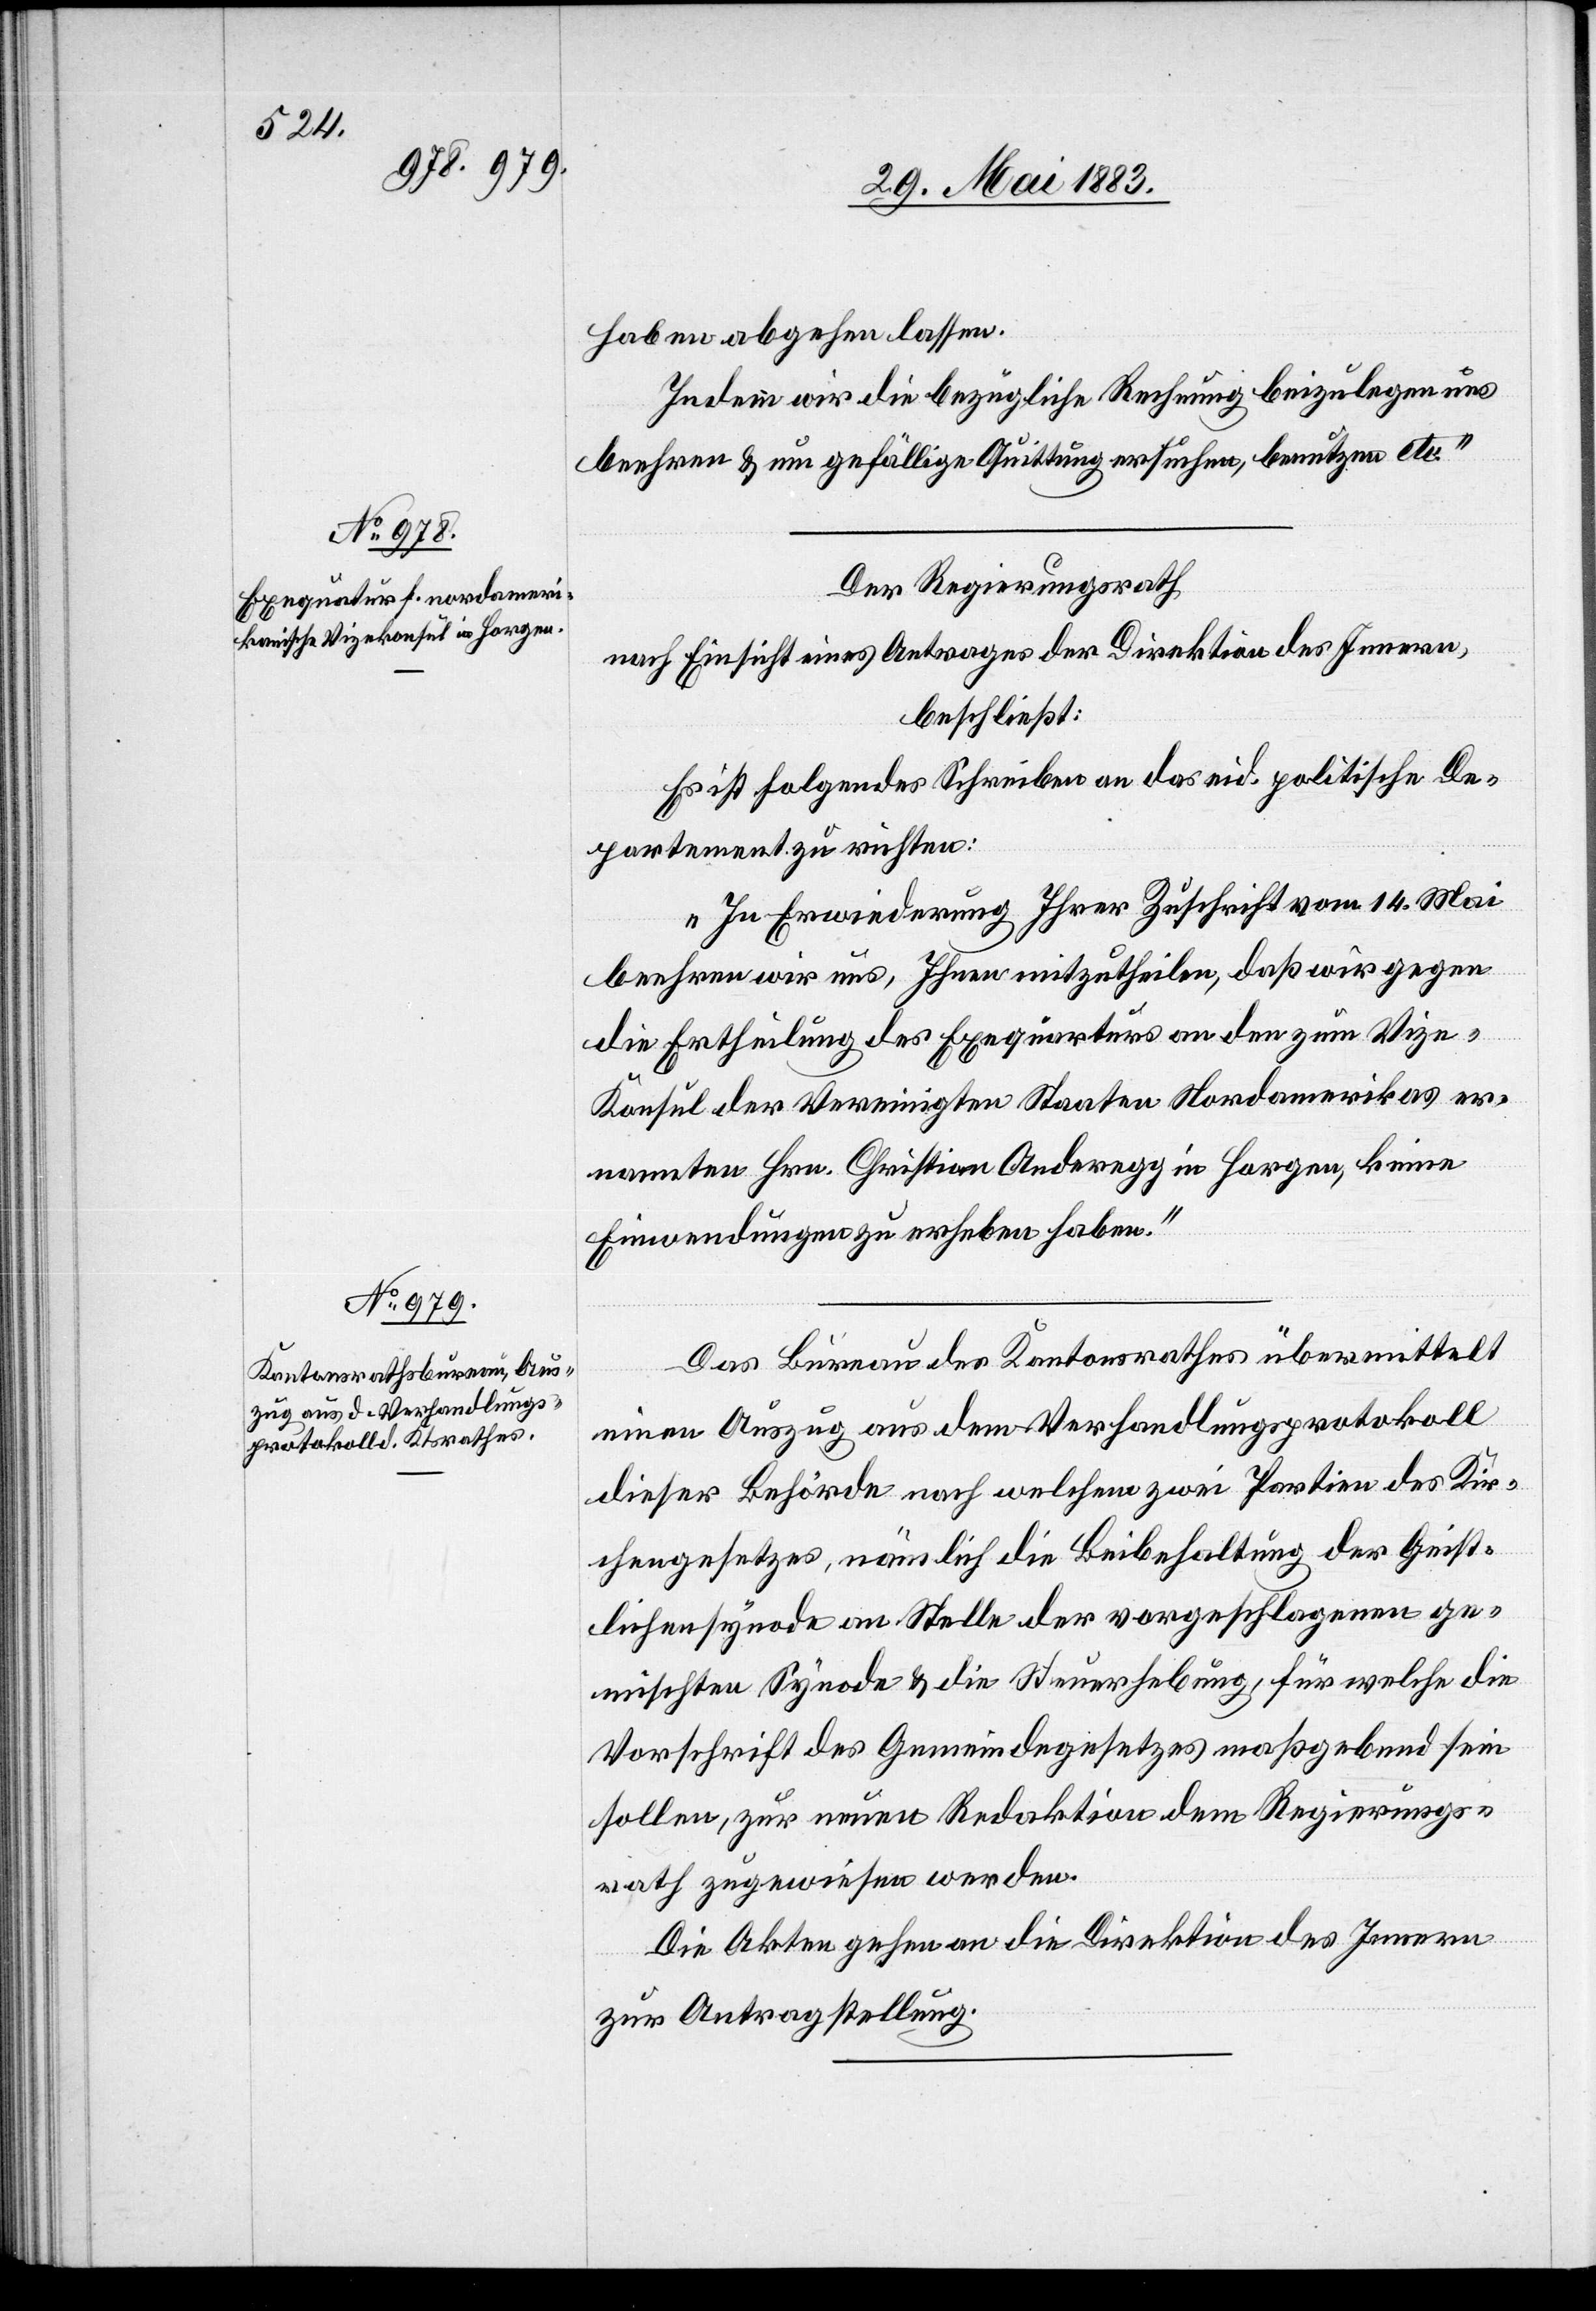
haben abgehen lassen.
Indem wir die bezügliche Rechnung beizulegen uns
beehren & um gefällige Quittung ersuchen, benutzen etc.“
Der Regierungsrath,
nach Einsicht eines Antrages der Direktion des Innern,
beschließt:
Es ist folgendes Schreiben an das eid. politische De¬
partement zu richten:
„In Erwiederung Ihrer Zuschrift vom 14. Mai
beehren wir uns, Ihnen mitzutheilen, daß wir gegen
die Ertheilung der Exequatur an den zum Vize-K¬
onsul der Vereinigten Staaten Nordamerikas er¬
nannten Hrn. Christian Anderegg in Horgen, keine
Einwendungen zu erheben haben.“
Das Bureau des Kantonsrathes übermittelt
einen Auszug aus dem Verhandlungsprotokoll
dieser Behörde nach welchem zwei Partien des Kir¬
chengesetzes, nämlich die Beibehaltung der Geist¬
lichensynode an Stelle der vorgeschlagenen ge¬
mischten Synode & die Steuerhebung, für welche die
Vorschrift des Gemeindegesetzes maßgebend sein
sollen, zur neuen Redaktion dem Regierungs¬
rath zugewiesen werden.
Die Akten gehen an die Direktion des Innern
zur Antragstellung.